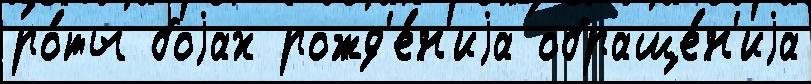
ро́ты боjах рожд'е́н'иjа обраще́н'иjа